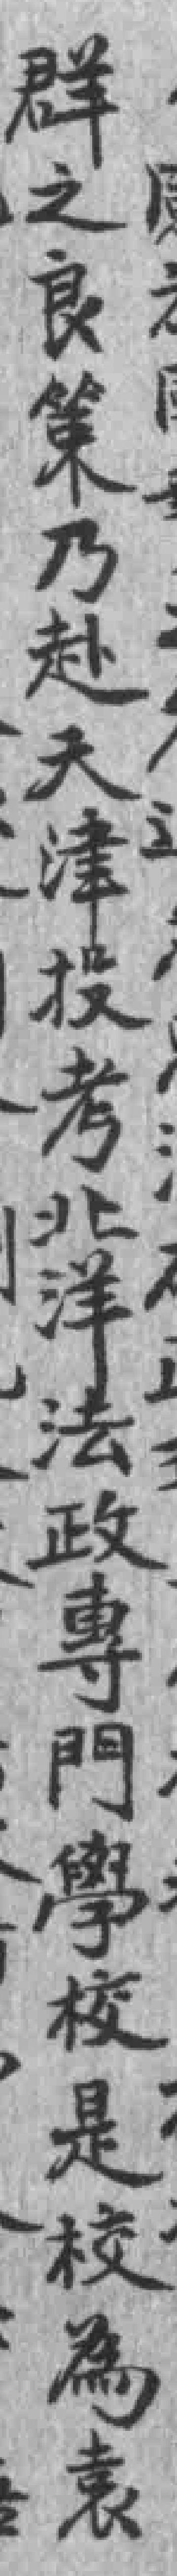
群之良策乃赴天津投考北洋法政專門學校是校為袁